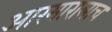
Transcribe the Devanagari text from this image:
आरमारालाच